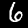
Label: 6